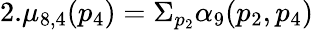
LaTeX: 2.\mu_{8,4}(p_{4})=\Sigma_{p_{2}}\alpha_{9}(p_{2},p_{4})